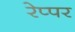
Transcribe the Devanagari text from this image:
रेप्पर